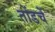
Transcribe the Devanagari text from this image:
तोंडचें